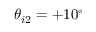
\theta _ { i 2 } = + 1 0 ^ { \circ }